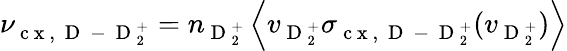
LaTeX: \nu_{\mathrm{~c~x~,~}\mathrm{~D~}\mathrm{~-~}\mathrm{~D~}_{2}^{+}}=n_{\mathrm{~D~}_{2}^{+}}\left\langle v_{\mathrm{~D~}_{2}^{+}}\sigma_{\mathrm{~c~x~,~}\mathrm{~D~}\mathrm{~-~}\mathrm{~D~}_{2}^{+}}(v_{\mathrm{~D~}_{2}^{+}})\right\rangle